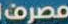
مصرف